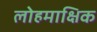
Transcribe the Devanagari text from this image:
लोहमाक्षिक